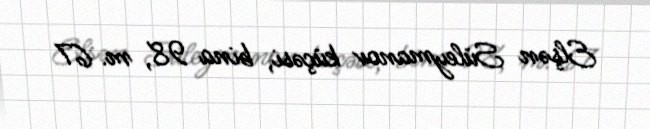
Elşən Süleymanov küçəsi, bina 98, m. 67